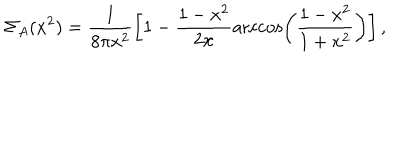
LaTeX: \Sigma _ { A } ( x ^ { 2 } ) = \frac { 1 } { 8 \pi x ^ { 2 } } \left[ 1 - \frac { 1 - x ^ { 2 } } { 2 x } \operatorname { a r c c o s } \left( \frac { 1 - x ^ { 2 } } { 1 + x ^ { 2 } } \right) \right] ,